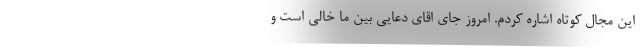
این مجال کوتاه اشاره کردم. امروز جای اقای دعایی بین ما خالی است و